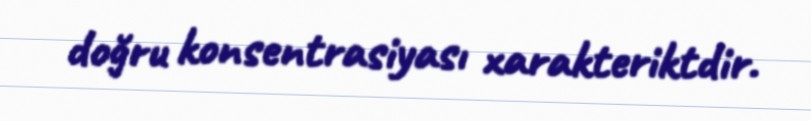
doğru konsentrasiyası xarakteriktdir.